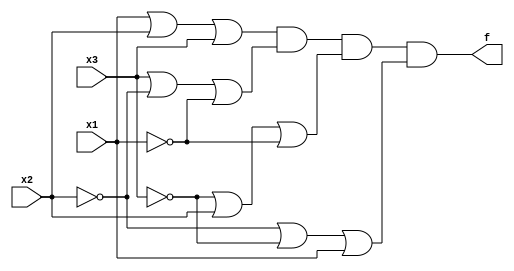
module Exercise2_61 (input x1, input x2, input x3, output f);
	or (orgate1, x1, x2, x3);
	or (orgate2, x3, ~x2, ~x1);
	or (orgate3, ~x3, x2, ~x1);
	or (orgate4, ~x2, ~x3, x1);
	and (f, orgate1, orgate2, orgate3, orgate4);
endmodule